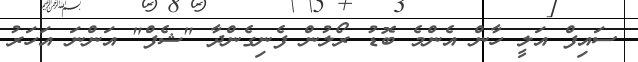
ސައިފް އަލީ ހާން އެންމެ ބޮޑު ރޯލުން ފެނިގެންދާ "ޝެފް" އަންނަ އަހަރު